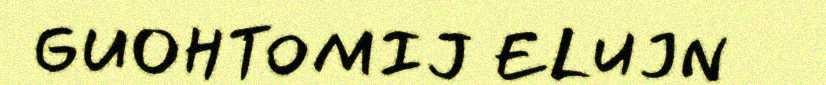
GUOHTOMIJ ELUJN